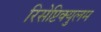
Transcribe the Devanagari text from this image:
रिसेप्टिक्युलम